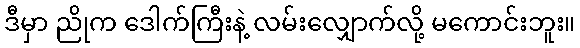
ဒီမှာ ညိုက ဒေါက်ကြီးနဲ့ လမ်းလျှောက်လို့ မကောင်းဘူး။